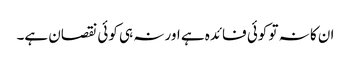
ان کا نہ تو کوئی فائدہ ہے اور نہ ہی کوئی نقصان ہے۔